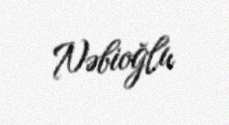
Nəbioğlu